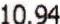
10.94